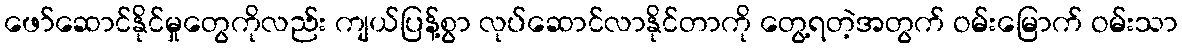
ဖော်ဆောင်နိုင်မှုတွေကိုလည်း ကျယ်ပြန့်စွာ လုပ်ဆောင်လာနိုင်တာကို တွေ့ရတဲ့အတွက် ဝမ်းမြောက် ဝမ်းသာ